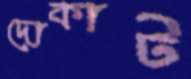
দোকাট